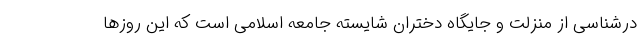
درشناسی از منزلت و جايگاه دختران شايسته جامعه اسلامی است که این روزها